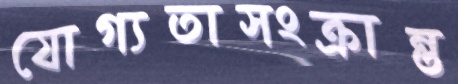
যোগ্যতাসংক্রান্ত